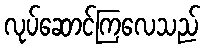
လုပ်ဆောင်ကြလေသည်